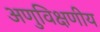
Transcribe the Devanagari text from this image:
अणुविक्षणीय